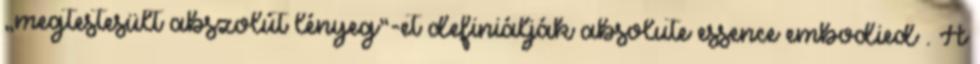
„megtestesült abszolút lényeg”-et definiálják absolute essence embodied . A